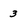
Character: 3